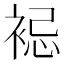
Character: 𧚈